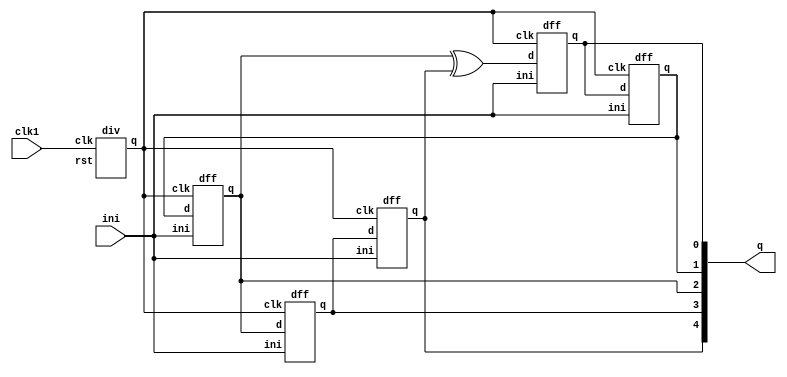
 module prsg(clk1,ini,q);
 input clk1,ini;
 output [4:0]q;
 div kk(clk1,rst,clk); 
 dff d1(clk,x,ini,q[0]);
 dff d2(clk,q[0],ini,q[1]);
 dff d3(clk,q[1],ini,q[2]);
 dff d4(clk,q[2],ini,q[3]);
 dff d5(clk,q[3],ini,q[4]);
 xor(x,q[2],q[4]);
endmodule
module dff(clk,d,ini,q);
 input d,clk,ini;
 output q;
 reg q;
 always@(posedge clk)
 begin
 if(ini==1)
 q=1;
 else
 q=d;
 end
endmodule 
module div(clk,rst,q); 
input clk,rst;
output q;
 reg [27:0]sig;
assign LED=q;
always @(posedge clk)
 begin
if(rst==1) 
sig=28'b0; 
else if (rst==0) 
sig=sig+1;
end
assign q=sig[24];
 endmodule